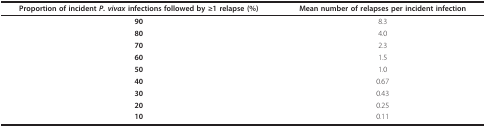
| Proportion of incident P. vivax infections followed by ≥1 relapse (%) | Mean number of relapses per incident infection |
 | --- | --- |
 | 90 | 8.3 |
 | 80 | 4.0 |
 | 70 | 2.3 |
 | 60 | 1.5 |
 | 50 | 1.0 |
 | 40 | 0.67 |
 | 30 | 0.43 |
 | 20 | 0.25 |
 | 10 | 0.11 |